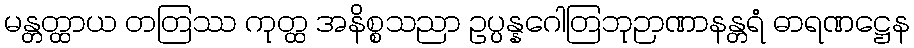
မန္တတ္ထာယ တတြဿ ကုတ္ထ အနိစ္စသညာ ဥပ္ပန္နဂေါတြဘုဉာဏာနန္တရံ ဓာရဏဋ္ဌေန